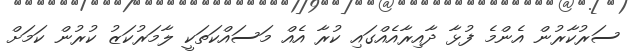
ސަރުކާރުން އެންމެ ފުޅާ ދާއިރާއެއްގައި ކުރާ އެއް މަސައްކަތަކީ ލާމަރުކަޒު ކުރުން ކަމަށް